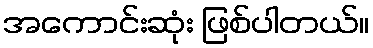
အကောင်းဆုံး ဖြစ်ပါတယ်။